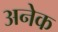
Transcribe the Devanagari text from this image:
अनेेक